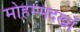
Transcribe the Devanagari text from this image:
मोहम्मदखाँ